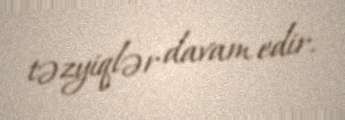
təzyiqlər davam edir.